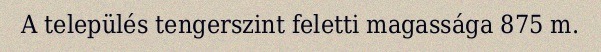
A település tengerszint feletti magassága 875 m.